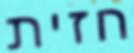
חזית